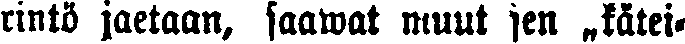
rintö jaetaan, saawat muut sen „kätei-